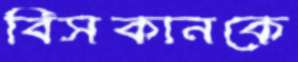
বিসকানকে